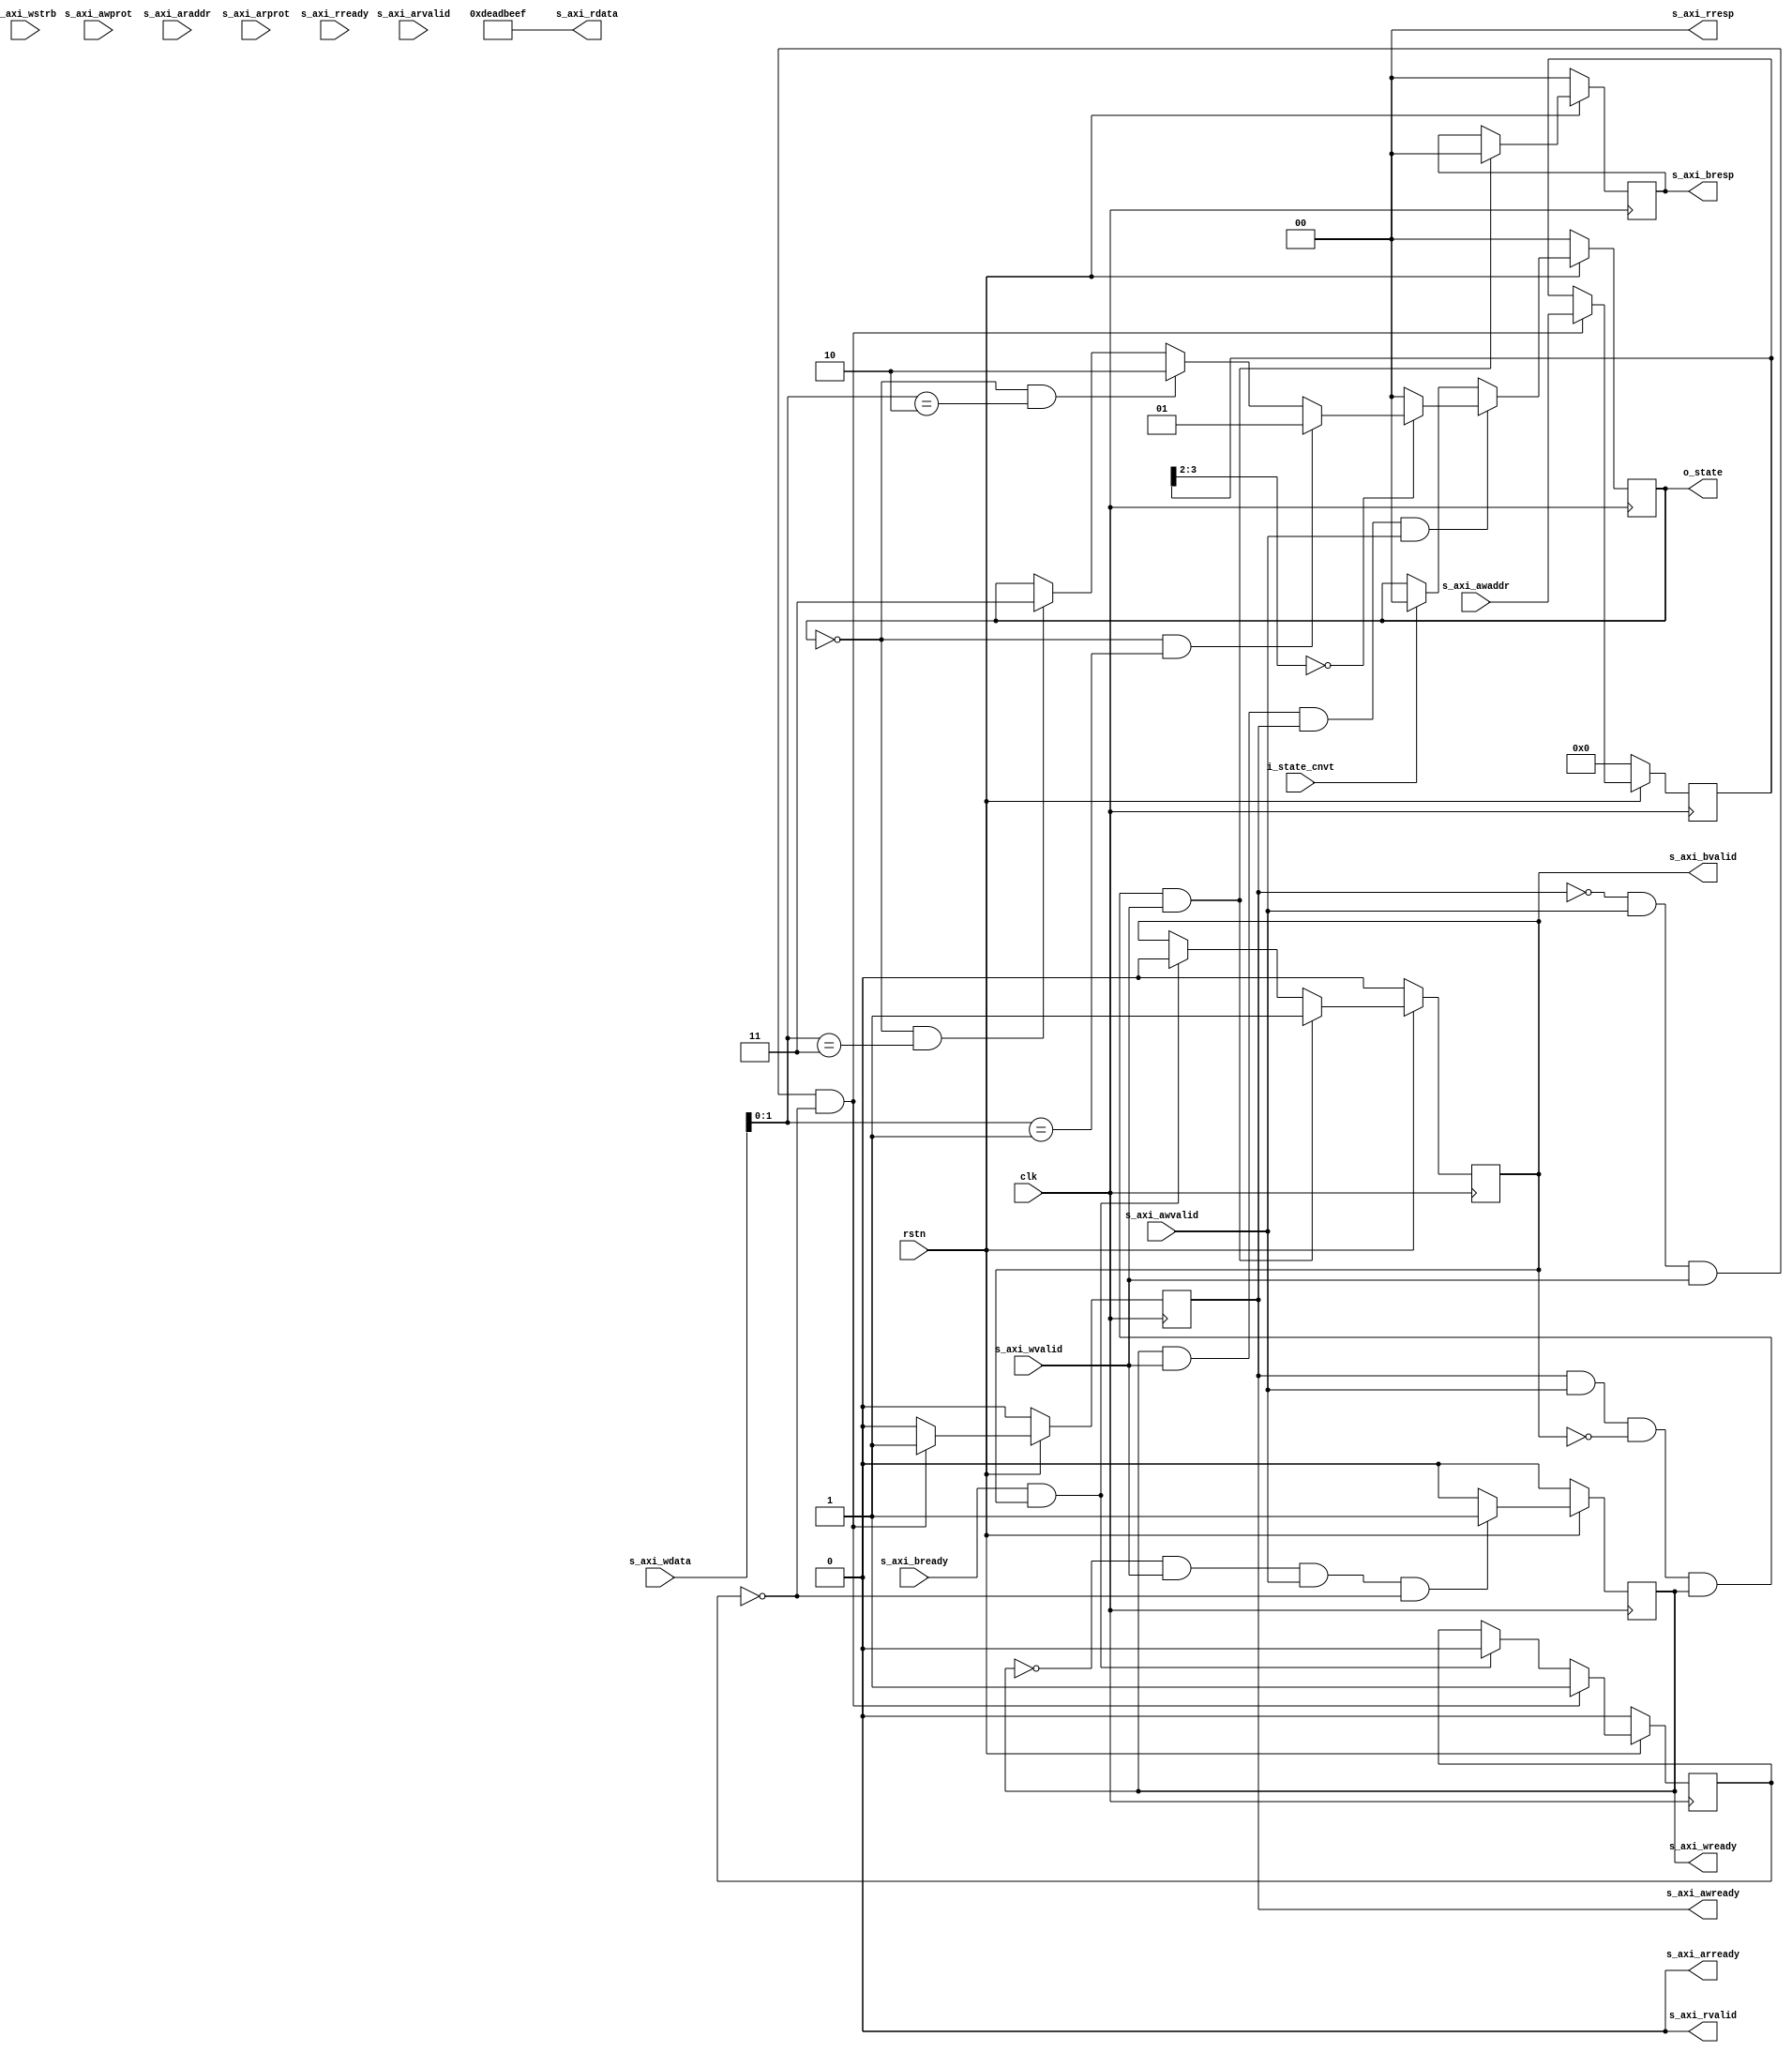
`timescale 1ns / 1ps
//////////////////////////////////////////////////////////////////////////////////
// Company: 
// Engineer: 
// 
// Design Name: 
// Module Name: ctrl
// Project Name: 
// Target Devices: 
// Tool Versions: 
// Description: 
// 
// Dependencies: 
// 
// Revision:
// Revision 0.01 - File Created
// Additional Comments:
// 
//////////////////////////////////////////////////////////////////////////////////


module ctrl(
    input  wire        clk,
    input  wire        rstn,
    input  wire [31:0] s_axi_awaddr,
    input  wire [2:0]  s_axi_awprot,
    input  wire        s_axi_awvalid,
    output wire        s_axi_awready,
    input  wire [31:0] s_axi_wdata,
    input  wire [3:0]  s_axi_wstrb,
    input  wire        s_axi_wvalid,
    output wire        s_axi_wready,
    output wire [1:0]  s_axi_bresp,
    output wire        s_axi_bvalid,
    input  wire        s_axi_bready,
    input  wire [3:0]  s_axi_araddr,
    input  wire [2:0]  s_axi_arprot,
    input  wire        s_axi_arvalid,
    output wire        s_axi_arready,
    output wire [31:0] s_axi_rdata,
    output wire [1:0]  s_axi_rresp,
    output wire        s_axi_rvalid,
    input  wire        s_axi_rready,
    output wire [1:0]  o_state,
    input  wire        i_state_cnvt
);

	localparam IDLE = 2'd0, PARAM_LOAD = 2'd1, IMAGE_LOAD = 2'd2, START_ACCEL = 2'd3;

	///////////////////////////////////////////////////////
	/////////// write channel
	reg [31:0] awaddr;
	reg awready;
	reg wready;
	reg [1:0] bresp;
	reg bvalid;
	reg aw_en;
	wire wr_en;

	assign s_axi_awready = awready;
	assign s_axi_wready = wready;
	assign s_axi_bresp = bresp;
	assign s_axi_bvalid = bvalid;

	always@(posedge clk) begin
		if(!rstn) begin
			awready <= 1'b0;
			aw_en <= 1'b0;
		end
		else begin
			if(!awready && s_axi_awvalid && s_axi_wvalid && !aw_en) begin
				awready <= 1'b1;
				aw_en <= 1'b1;
			end
			else if(s_axi_bready && bvalid) begin
				awready <= 1'b0;
				aw_en <= 1'b0;
			end
			else begin
				awready <= 1'b0;
			end
		end
	end

	always@(posedge clk) begin
		if(!rstn) begin
			awaddr <= 32'd0;
		end
		else begin
			if(!awready && s_axi_awvalid && s_axi_wvalid && !aw_en) begin
				awaddr <= s_axi_awaddr;
			end
		end
	end

	always@(posedge clk) begin
		if(!rstn) begin
			wready <= 1'b0;
		end
		else begin
			if(!wready && s_axi_wvalid && s_axi_awvalid && !aw_en) begin
				wready <= 1'b1;
			end
			else begin
				wready <= 1'b0;
			end
		end
	end

	assign wr_en = wready && s_axi_wvalid && awready && s_axi_awvalid;

	always@(posedge clk) begin
		if(!rstn) begin
			bvalid <= 1'b0;
			bresp <= 2'd0;
		end
		else begin
			if(awready && s_axi_awvalid && !bvalid && wready && s_axi_wvalid) begin
				bvalid <= 1'b1;
				bresp <= 2'd0;
			end
			else begin
				if(s_axi_bready && bvalid) begin
					bvalid <= 1'b0;
				end
			end
		end
	end

	///////////////////////////////////////////////////////
	/////////// dont use the read channel.
	assign s_axi_arready = 1'b0;
	assign s_axi_rvalid = 1'b0;
	assign s_axi_rdata = 32'hDEADBEEF;
	assign s_axi_rresp = 2'b00;

	///////////////////////////////////////////////////////
	/////////// receive wdata

	reg [1:0] c_state;

	assign o_state = c_state;

	always@(posedge clk) begin
		if(!rstn) begin
			c_state <= IDLE;
		end
		else begin
			if(wr_en) begin
				case(awaddr[3:2])
					2'b00 : begin
						if((c_state == IDLE) & (s_axi_wdata[1:0] == 2'b01)) begin
							c_state <= PARAM_LOAD;
						end
						else if((c_state == IDLE) & (s_axi_wdata[1:0] == 2'b10)) begin
							c_state <= IMAGE_LOAD;
						end
						else if((c_state == IDLE) & (s_axi_wdata[1:0] == 2'b11)) begin
							c_state <= START_ACCEL;
						end
					end
					default : c_state <= 2'd0;
				endcase
			end
			else begin
				if(i_state_cnvt) begin
					c_state <= IDLE;
				end
			end
		end
	end

endmodule